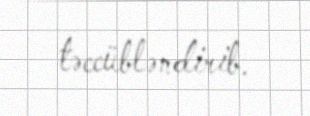
təccübləndirib.